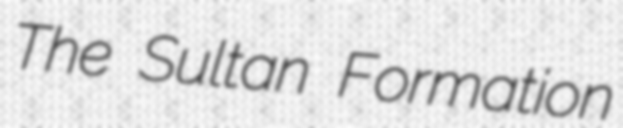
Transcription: The Sultan Formation